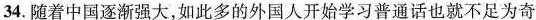
34.随着中国逐渐强大,如此多的外国人开始学习普通话也就不足为奇